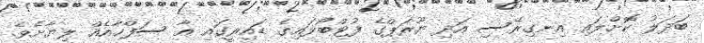
ބަދަލު ކޮށްލައި އިނގިރޭސި އަދި ޔޫރަޕްގެ ފުޓްބޯޅައިގެ ޑައިރީގައި އާ ސަފްހާއެއް ލިޔާށެވެ.